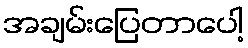
အချမ်းပြေတာပေါ့